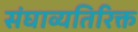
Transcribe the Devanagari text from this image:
संघाव्यतिरिक्त